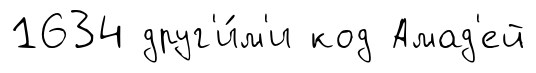
1634 друг'и́м'и код Амад'ей